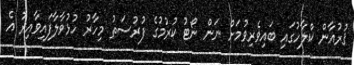
ޤުރުއާން ކްލާހުގައި ބައިވެރިވުމަށް ނަން ނޯޓު ކުރުމުގެ ފުރުސަތު މިހާރު ހުޅުވާލާފައިވާއިރު އެ